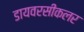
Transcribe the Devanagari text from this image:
डायवरसीकलर